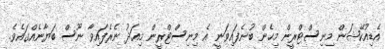
އެޑިއުކޭޝަން މިނިސްޓްރީން މިހެން ބުނެފައިވަނީ އެ މިނިސްޓްރީން މިއަދު ނެރެފައިވާ ނޫސް ބަޔާނެއްގައެވެ.